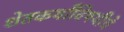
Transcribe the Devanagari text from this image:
शेतकर्यांविषयीचे